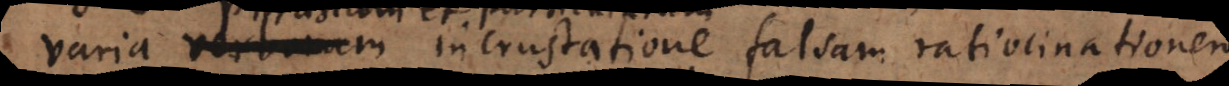
particularum incrustatione falsam ratiocinationem